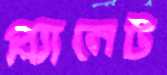
প্ল্যানেট